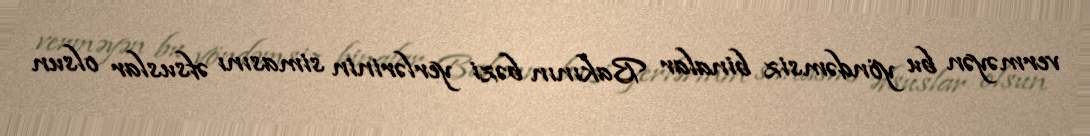
verməyən bu yöndəmsiz binalar Bakının bəzi yerlərinin simasını əfsuslar olsun